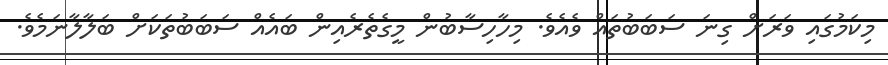
މިކަމުގައި ވަރަށް ގިނަ ސަބަބުތައް ވެއެވެ. މިހާހިސާބުން މީގެތެރެއިން ބައެއް ސަބަބުތަކަށް ބަލާލާނަމެވެ.